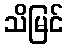
သိမြင်